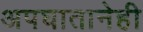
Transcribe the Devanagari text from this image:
अपघातानेही